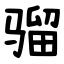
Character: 骝